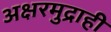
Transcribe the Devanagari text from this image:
अक्षरमुद्राही